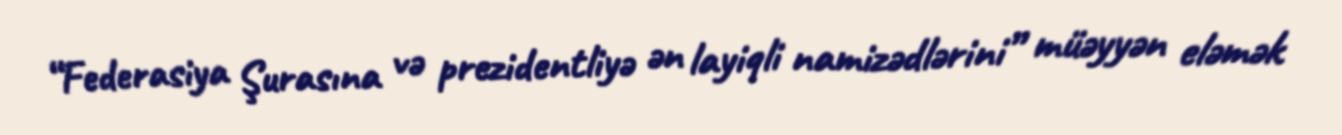
“Federasiya Şurasına və prezidentliyə ən layiqli namizədlərini” müəyyən eləmək